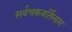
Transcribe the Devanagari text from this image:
सर्वचक्रवर्तिनाम